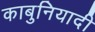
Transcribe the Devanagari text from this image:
काबुनियादी